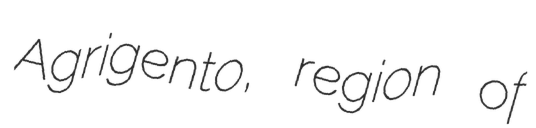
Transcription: Agrigento, region of